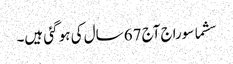
سشما سوراج آج 67 سال کی ہو گئی ہیں۔